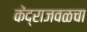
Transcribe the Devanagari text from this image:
केंद्राजवळचा